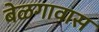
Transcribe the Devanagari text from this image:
बेळगावास